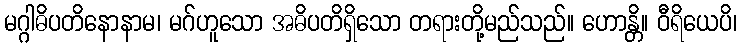
မဂ္ဂါဓိပတိနောနာမ၊ မဂ်ဟူသော အဓိပတိရှိသော တရားတို့မည်သည်။ ဟောန္တိ။ ဝီရိယေပိ၊